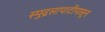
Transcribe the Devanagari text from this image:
स्मुद्रसापाटीपासून